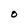
Character: O